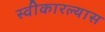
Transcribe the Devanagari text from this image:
स्वीकारल्यास